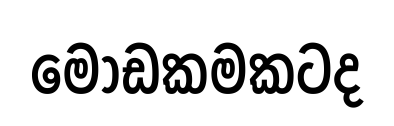
මෝඩකමකටද